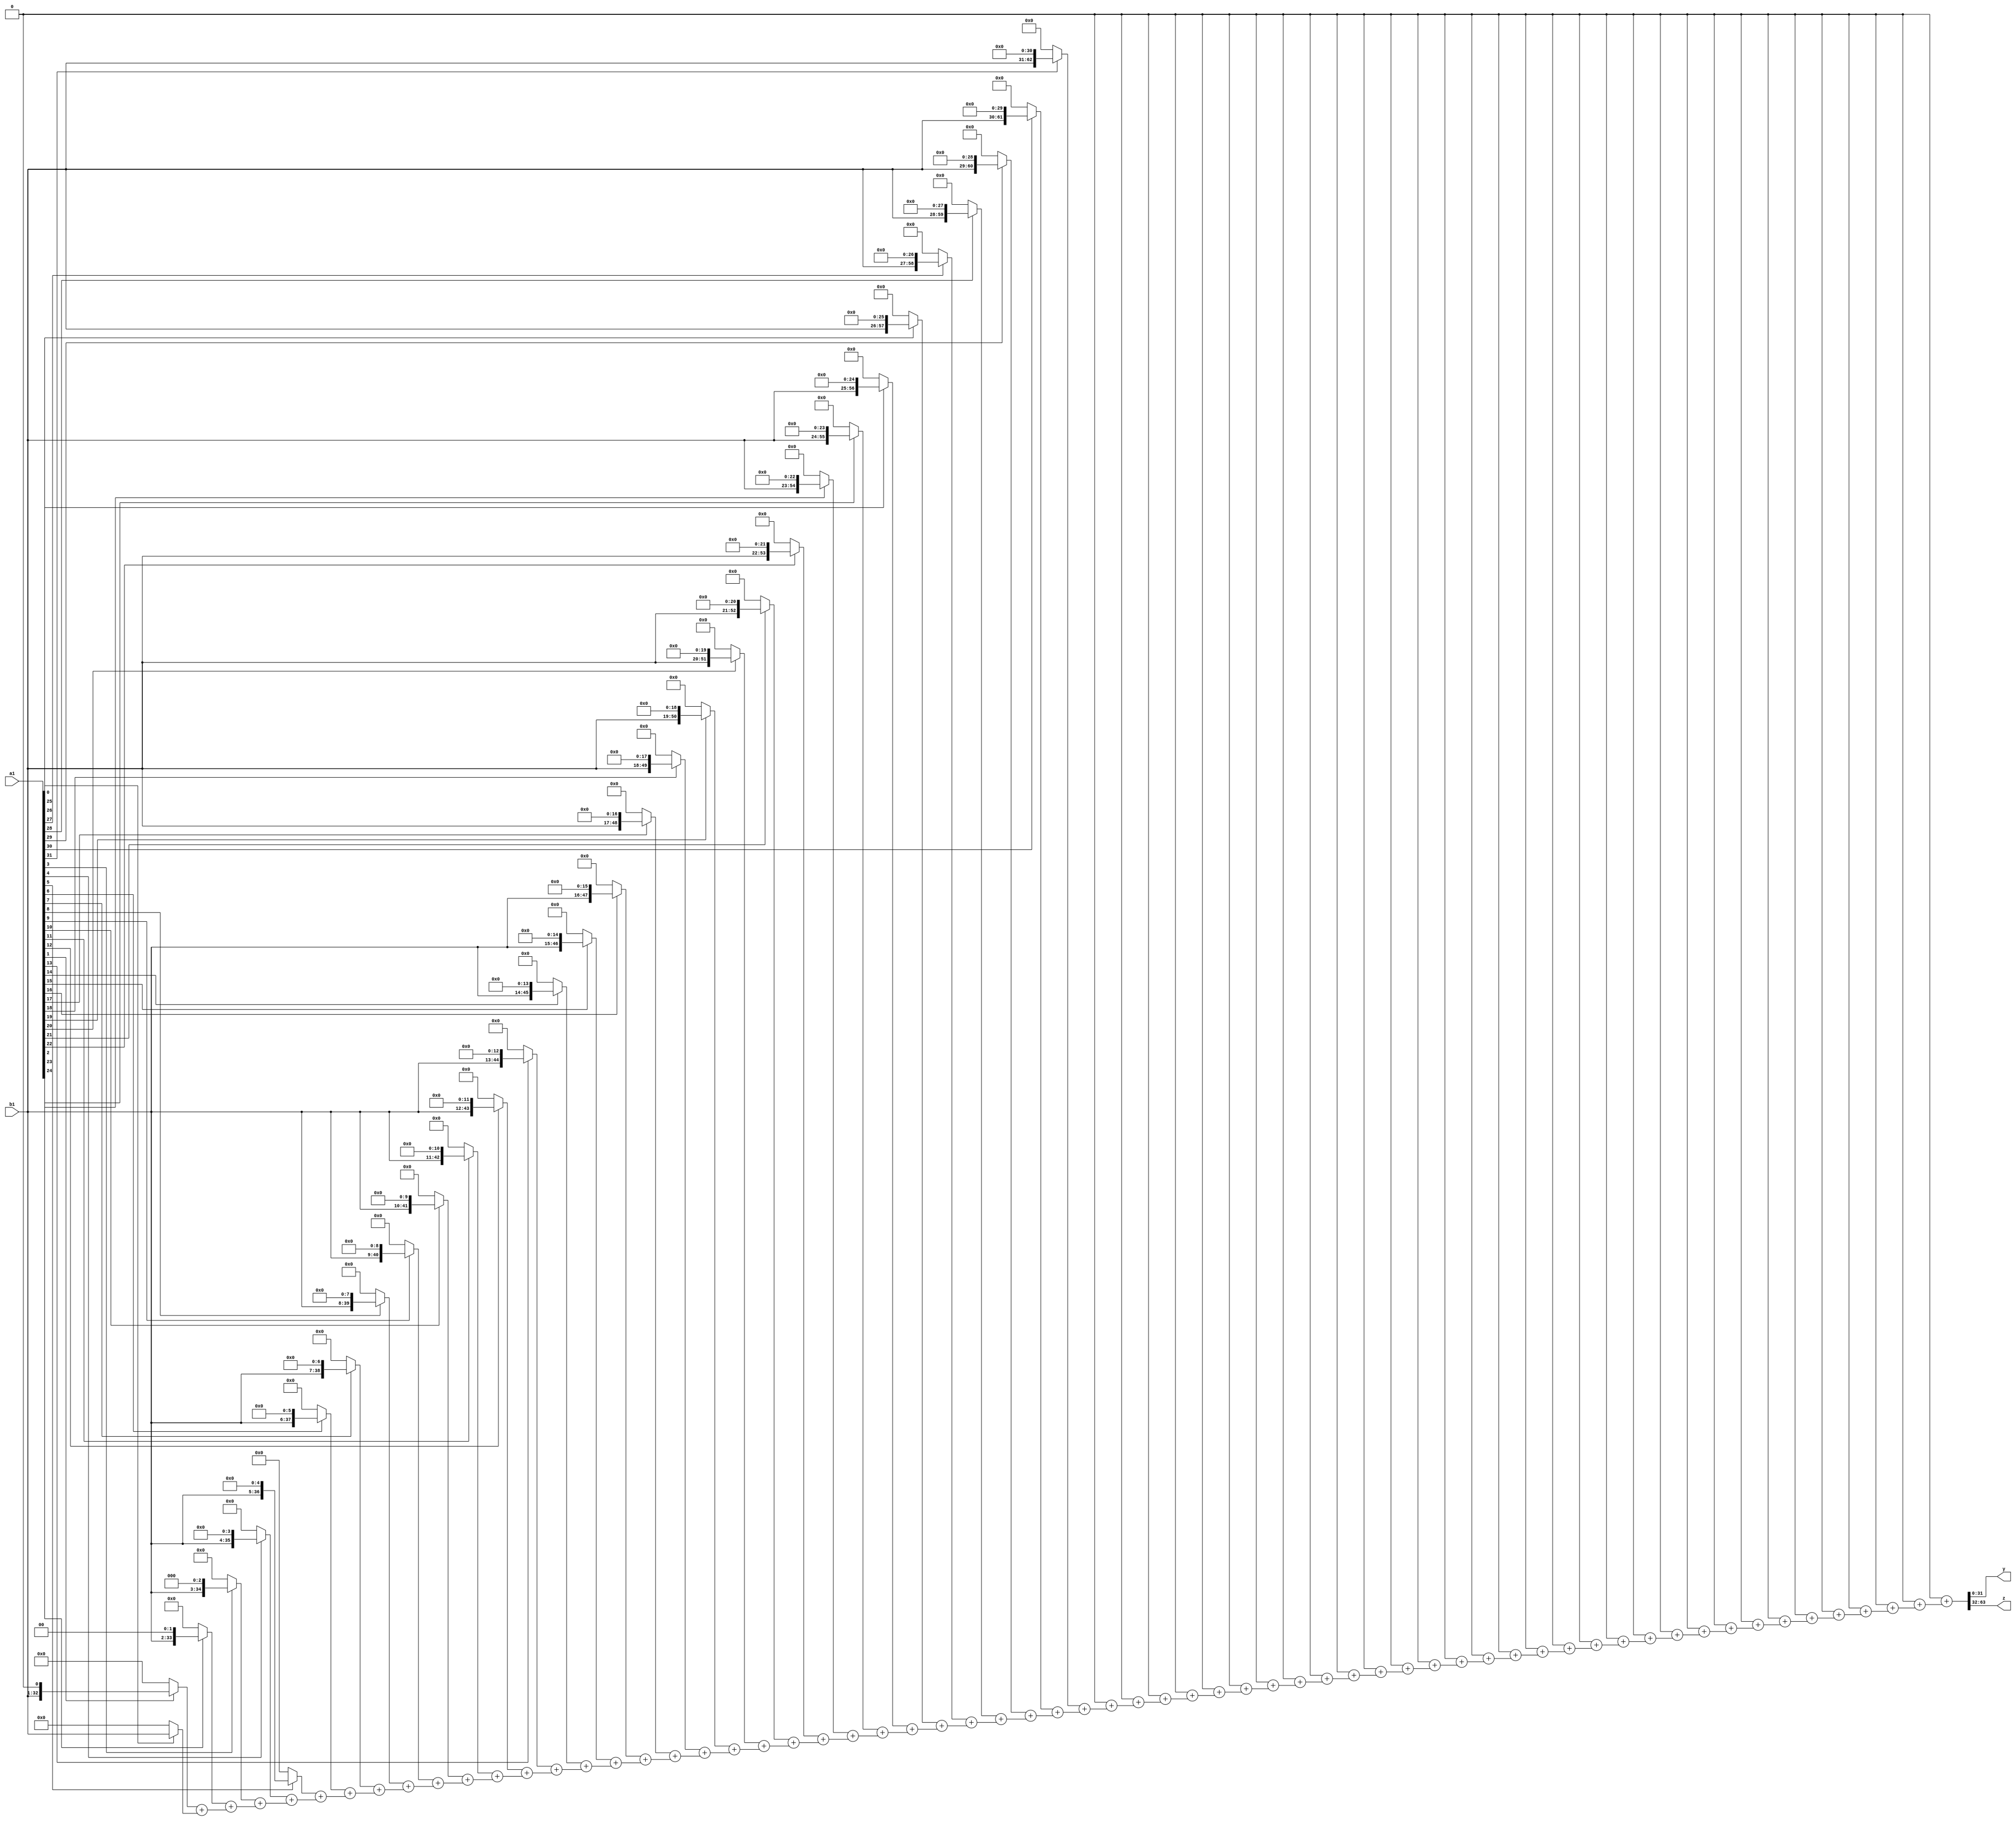
`timescale 1ns / 1ps
//////////////////////////////////////////////////////////////////////////////////
// Company: 
// Engineer: 
// 
// Design Name: 
// Module Name:    multiplier_u 
// Project Name: 
// Target Devices: 
// Tool versions: 
// Description: 
//
// Dependencies: 
//
// Revision: 
// Revision 0.01 - File Created
// Additional Comments: 
//
//////////////////////////////////////////////////////////////////////////////////
module multiplier_u(input wire[31:0] a1, input wire[31:0] b1, output wire [31:0] y, output wire[31:0] z);

parameter width = 64;

wire [width-1:0] a, b, y1;

assign a ={32'd0,a1};
assign b ={32'd0,b1};


wire [width*width-1:0] partials;

genvar i;
assign partials[width-1 : 0] = a[0] ? b : 0;
generate for (i = 1; i < width; i = i+1) begin:gen
    assign partials[width*(i+1)-1 : width*i] = (a[i] ? b << i : 0) +
                                   partials[width*i-1 : width*(i-1)];
end endgenerate

assign y1 = partials[width*width-1 : width*(width-1)];

assign y = y1[31:0];
assign z = y1[63:32];

endmodule